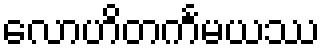
လောဟိတင်္ကမယဿ